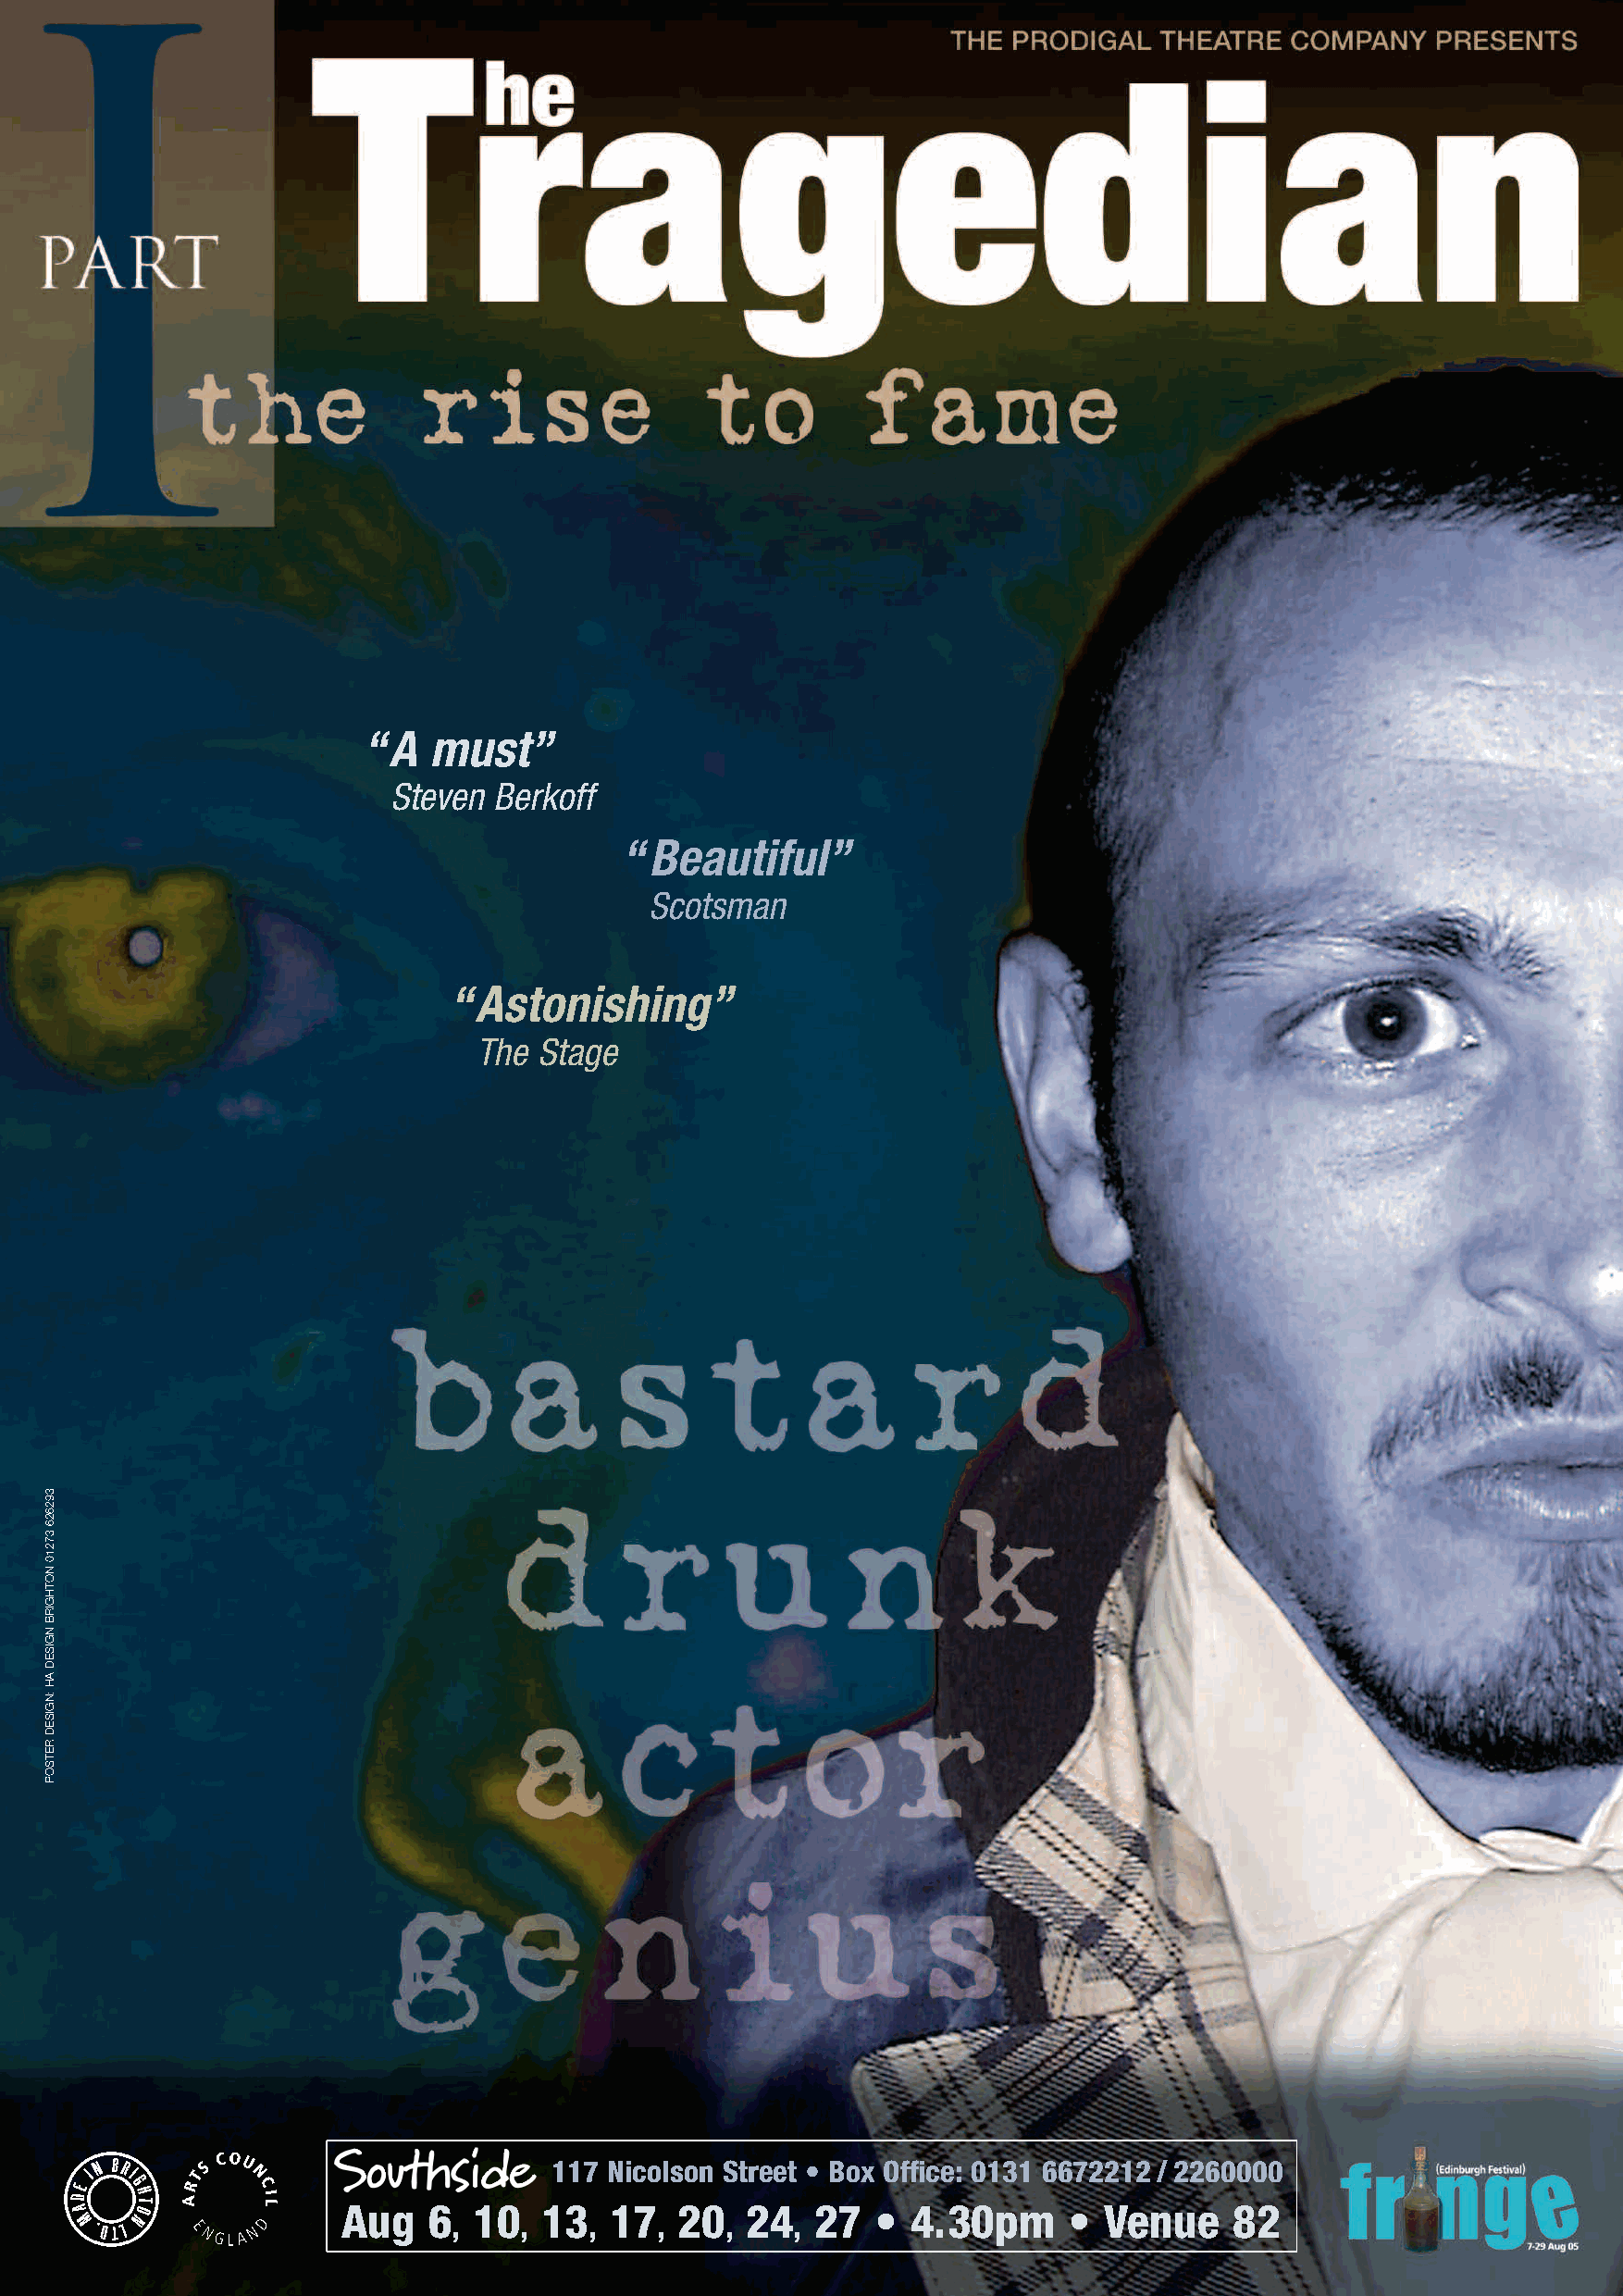
“A   must”
 Steven Berkoff
 “Beautiful”
 Scotsman
 “Astonishing”
 The Stage
 117 Nicolson Street • Box Office: 0131 6672212 / 2260000
 Aug    6  10   13   17  20   24   27   • 4.30pm     •  Venue    82
 ,    ,    ,    ,    ,    ,
 39262637210NOTHGIRBNGISEDAH:NGISEDRETSOP